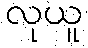
လုယူ